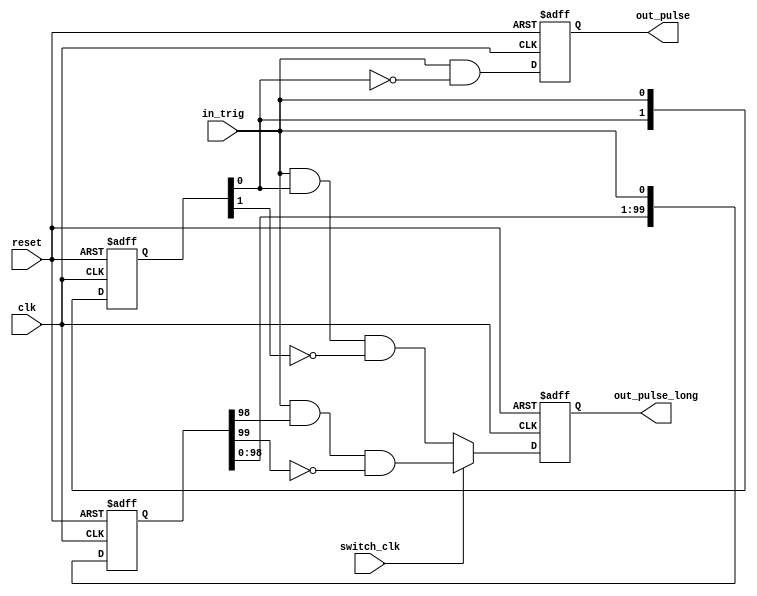
module one_pulse_and_long_press_detect(
    input in_trig,
    input reset,
    input clk,
    input switch_clk,
    output out_pulse,
    output out_pulse_long
    );
    
    reg [1:0] in_trig_delay;
    reg [99:0] in_trig_delay_long;
    reg out_pulse, out_pulse_long;
    wire q0, q1, q2;
    
    
    
    assign q0 = in_trig & (~in_trig_delay[0]);
    assign q1 = in_trig & in_trig_delay[0] & (~in_trig_delay[1]); 
    assign q2 = in_trig & in_trig_delay_long[98] & (~in_trig_delay_long[99]);
   
    always @(posedge clk or negedge reset)
        if (~reset)
            in_trig_delay <= 2'd0;
        else
            in_trig_delay <= {in_trig_delay[0],in_trig};   
                 
    always @(posedge clk or negedge reset)
        if (~reset)
            in_trig_delay_long <= 100'd0;
        else
            in_trig_delay_long <= {in_trig_delay_long[98:0],in_trig};
    always @(posedge clk or negedge reset)
        if (~reset)
        begin
            out_pulse <= 1'b0;
            out_pulse_long <= 1'b0;
        end
        
        else
        begin        
            out_pulse <= q0;
            if (~switch_clk)
                out_pulse_long <= q1;
            else 
                out_pulse_long <= q2; 
        end
endmodule